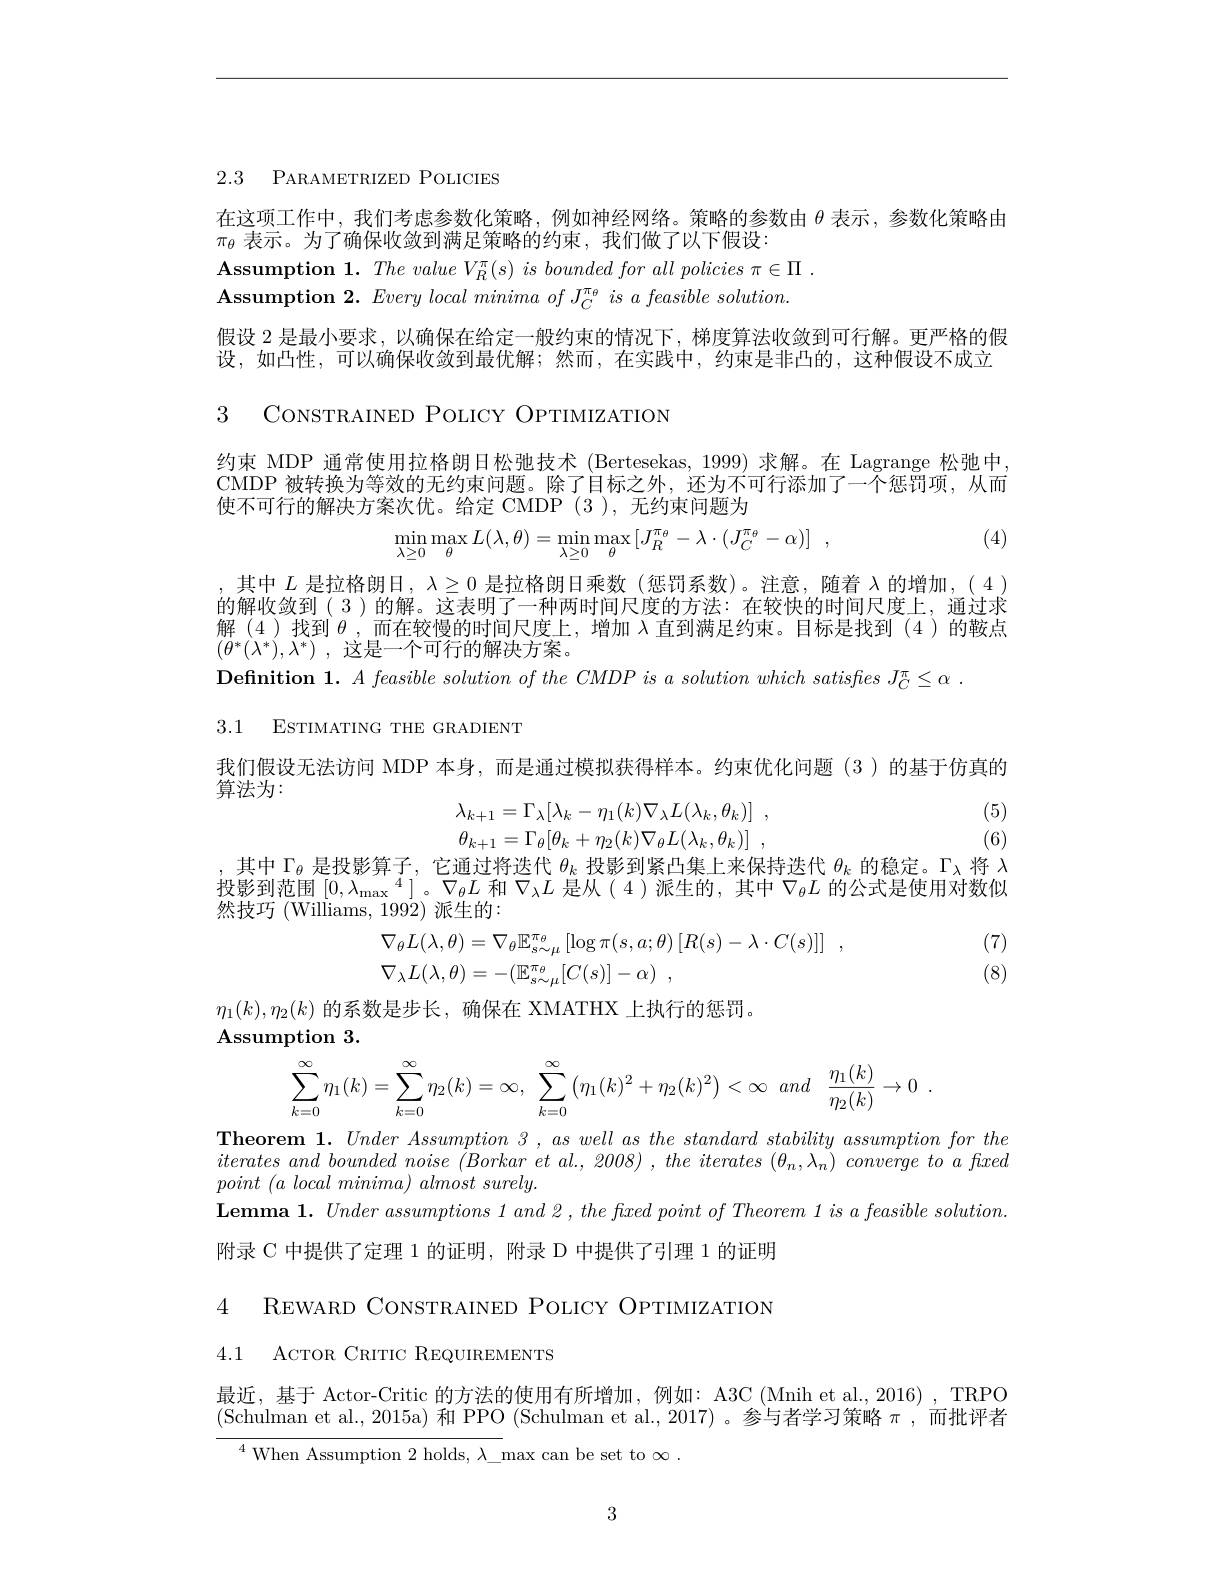
2.3 PARAMETRIZED POLICIES

在这项工作中，我们考虑参数化策略，例如神经网络。策略的参数由$\theta$表示，参数化策略由
$\pi_\theta$表示。为了确保收敛到满足策略的约束，我们做了以下假设：
Assumption 1. The value $V_R^{\pi }( s) \textit{ is bounded for all policies }\pi \in \Pi$ Assumption 2. Every local minima of J_C^{\pi_\theta} is a feasible solution. 假设 2 是最小要求，以确保在给定一般约束的情况下，梯度算法收敛到可行解。更严格的假设，如凸性，可以确保收敛到最优解；然而，在实践中，约束是非凸的，这种假设不成立3 CONSTRAINED POLICY OPTIMIZATION

约束 MDP 通常使用拉格朗日松弛技术 (Bertesekas, 1999) 求解。在 Lagrange 松弛中， CMDP 被转换为等效的无约束问题。除了目标之外，还为不可行添加了一个惩罚项，从而使不可行的解决方案次优。给定 CMDP(3),无约束问题为
$$\min\limits_{\lambda\ge0}\max\limits_{\theta}L(\lambda,\theta)=\min\limits_{\lambda\ge0}\max\limits_{\theta}\left[J_{R}^{\pi_{\theta}}-\lambda\cdot(J_{C}^{\pi_{\theta}}-\alpha)\right]\:,$$
(4)

,其中$L$是拉格朗日，$\lambda\geq0$是拉格朗日乘数(惩罚系数)。注意，随着$\lambda$的增加，(4) 的解收敛到(3)的解。这表明了一种两时间尺度的方法：在较快的时间尺度上，通过求解(4)找到$\theta$,而在较慢的时间尺度上，增加入直到满足约束。目标是找到(4)的鞍点$( \theta ^* ( \lambda ^* ) , \lambda ^* )$ ,这是一个可行的解决方案。
$\textbf{Definition 1. }A\textit{ feasible solution of the CMDP is a solution which satisfies J}_{C}^{\pi }\leq \alpha$ .

3.1 ESTIMATING THE GRADIENT

我们假设无法访问 MDP 本身，而是通过模拟获得样本。约束优化问题(3)的基于仿真的

算法为：
$$\begin{array}{c}\lambda_{k+1}=\Gamma_{\lambda}[\lambda_{k}-\eta_{1}(k)\nabla_{\lambda}L(\lambda_{k},\theta_{k})]\:,\\\theta_{k+1}=\Gamma_{\theta}[\theta_{k}+\eta_{2}(k)\nabla_{\theta}L(\lambda_{k},\theta_{k})]\:,\end{array}$$
(5) (6)

,其中$\Gamma_\theta$是投影算子，它通过将迭代$\theta_k$投影到紧凸集上来保持迭代$\theta_k$的稳定。$\Gamma_\lambda$将$\lambda$ 投影到范围$[0,\lambda_{\max}^4]$。$\nabla_\theta L$和$\nabla_\lambda L$是从(4)派生的，其中$\nabla_\theta L$的公式是使用对数似然技巧 (Williams, 1992) 派生的：
$$\begin{aligned}\nabla_{\theta}L(\lambda,\theta)&=\nabla_{\theta}\mathbb{E}_{s\sim\mu}^{\pi_{\theta}}\left[\log\pi(s,a;\theta)\left[R(s)-\lambda\cdot C(s)\right]\right]\:,\\\nabla_{\lambda}L(\lambda,\theta)&=-(\mathbb{E}_{s\sim\mu}^{\pi_{\theta}}[C(s)]-\alpha)\:,\end{aligned}$$
(7) (8)

$\eta_1(k),\eta_2(k)$的系数是步长，确保在 XMATHX 上执行的惩罚。
$\mathbf{Assumption}3.$
$$\displaystyle\sum_{k=0}^\infty\eta_1(k)=\sum_{k=0}^\infty\eta_2(k)=\infty,\:\displaystyle\sum_{k=0}^\infty\left(\eta_1(k)^2+\eta_2(k)^2\right)<\infty\:and\:\displaystyle\frac{\eta_1(k)}{\eta_2(k)}\to0\:.$$
Theorem $1.UnderAssumption$ 3 , aswellasthestandardstabilityassumptionforthe

iteratesandboundednoise $( Borkaretal. , 2008)$ $, the$ iterates $( \theta _{n}, \lambda _{n})$ converge $to$ $a$ flxed

point $( a$ local $minima)$ almost $surely.$

$\textbf{Lemma 1. Under assumptions 1 and 2, the flxed point of Theorem 1 is a feasible solution. }$

附录 C 中提供了定理 1 的证明，附录 D 中提供了引理 1 的证明

4 REWARD CONSTRAINED POLICY OPTIMIZATION

4.1 ACTOR CRITIC REQUIREMENTS

最近，基于 Actor-Critic 的方法的使用有所增加，例如：A3C (Mnih et al.,2016) ,TRPO (Schulman et al.,2015a) 和 PPO (Schulman et al.,2017)。参与者学习策略$\pi$,而批评者$^{4}$When Assumption 2 holds, $\lambda\_\max$can be set to $\infty.$

3